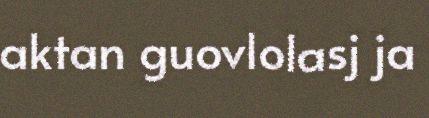
aktan guovlolasj ja